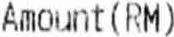
AMOUNT(RM)